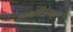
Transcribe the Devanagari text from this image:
नगरपालिकेपासून